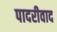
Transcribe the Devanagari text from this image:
पादरीवाद